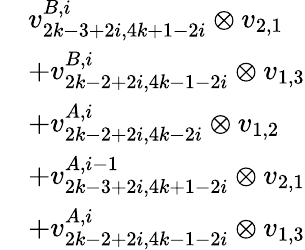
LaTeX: \begin{array}{rl}&{v_{2k-3+2i,4k+1-2i}^{B,i}\otimes v_{2,1}}\\ &{+v_{2k-2+2i,4k-1-2i}^{B,i}\otimes v_{1,3}}\\ &{+v_{2k-2+2i,4k-2i}^{A,i}\otimes v_{1,2}}\\ &{+v_{2k-3+2i,4k+1-2i}^{A,i-1}\otimes v_{2,1}}\\ &{+v_{2k-2+2i,4k-1-2i}^{A,i}\otimes v_{1,3}}\end{array}